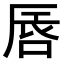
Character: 𠵧